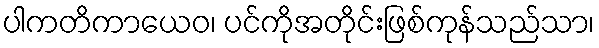
ပါကတိကာယေဝ၊ ပင်ကိုအတိုင်းဖြစ်ကုန်သည်သာ၊